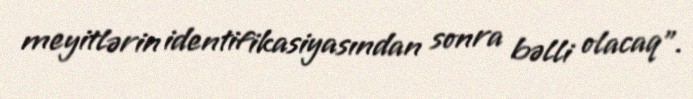
meyitlərin identifikasiyasından sonra bəlli olacaq".